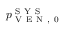
p _ { \mathrm { ~ V ~ E ~ N ~ , ~ 0 ~ } } ^ { \mathrm { ~ S ~ Y ~ S ~ } }